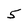
Character: 5